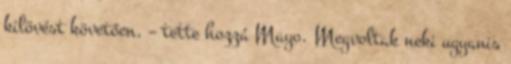
kilövést követően. – tette hozzá Mayo. Megvoltak neki ugyanis